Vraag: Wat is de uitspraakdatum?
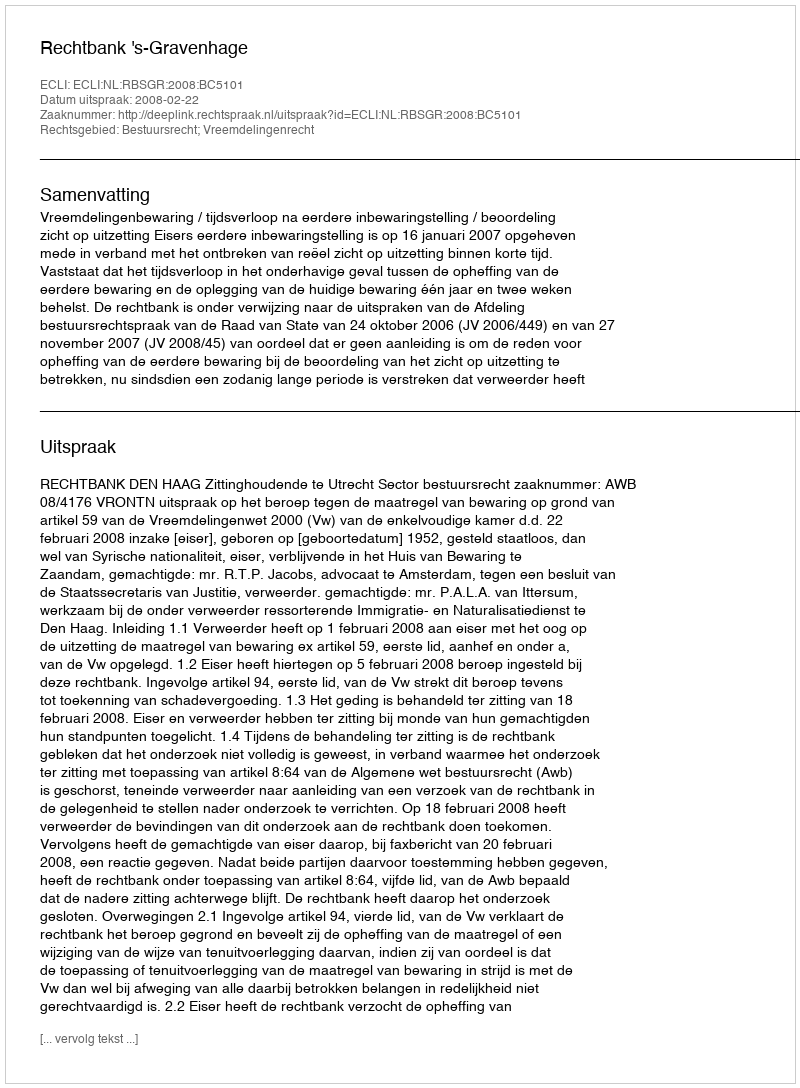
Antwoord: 2008-02-22